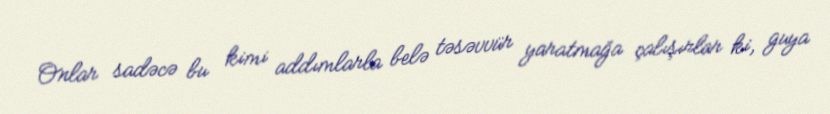
Onlar sadəcə bu kimi addımlarla belə təsəvvür yaratmağa çalışırlar ki, guya